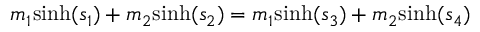
m _ { 1 } { \mathrm { s i n h } } ( s _ { 1 } ) + m _ { 2 } { \mathrm { s i n h } } ( s _ { 2 } ) = m _ { 1 } { \mathrm { s i n h } } ( s _ { 3 } ) + m _ { 2 } { \mathrm { s i n h } } ( s _ { 4 } )